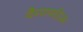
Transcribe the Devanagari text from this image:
वैम्पायरिज़्म